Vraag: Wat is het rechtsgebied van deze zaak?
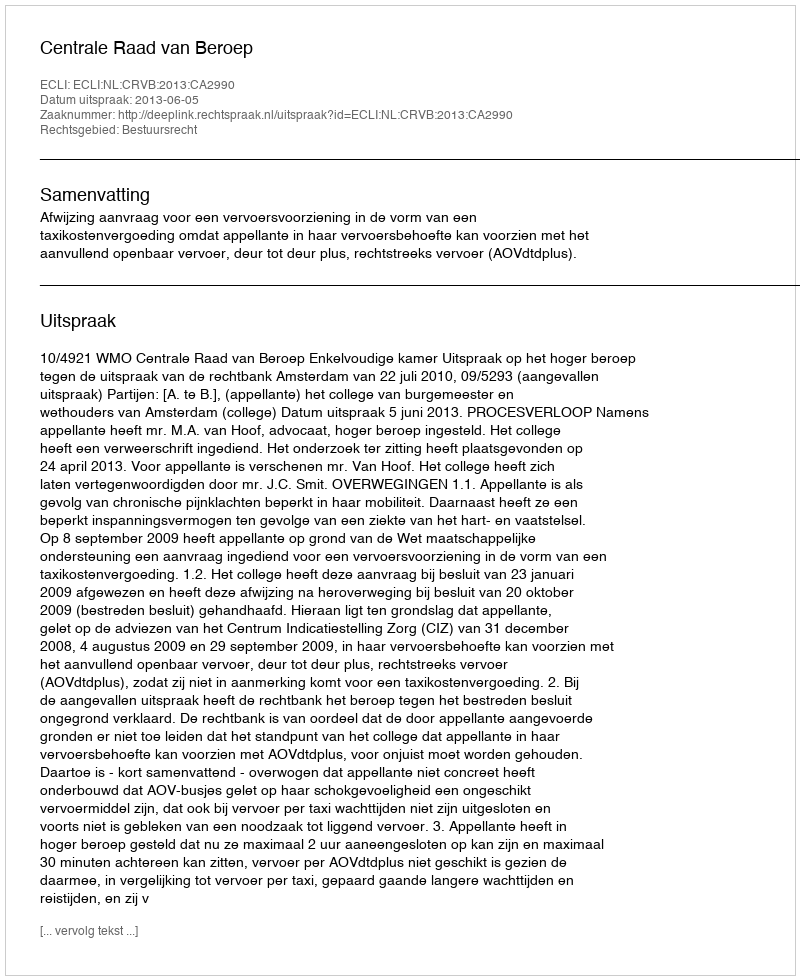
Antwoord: Bestuursrecht